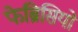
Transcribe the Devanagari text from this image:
फेब्रिसियो